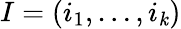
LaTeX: I=(i_{1},\ldots,i_{\mathit{k}})